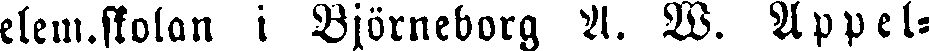
elem.skolan i Björneborg A. W. Appel-